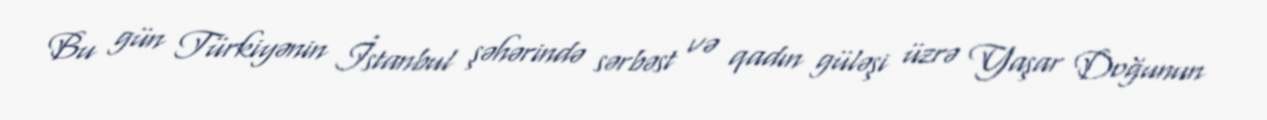
Bu gün Türkiyənin İstanbul şəhərində sərbəst və qadın güləşi üzrə Yaşar Doğunun